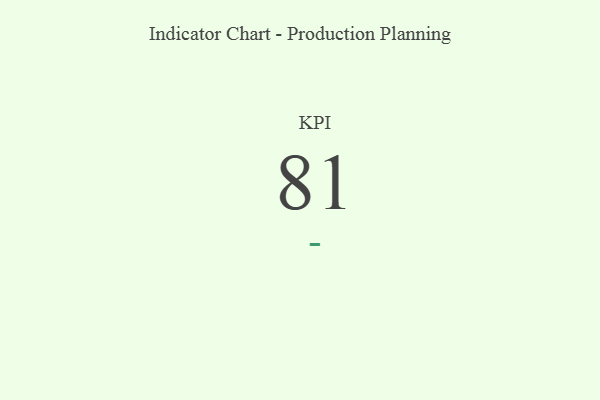
{"axis": {"x": "KPI", "y": "Value"}, "legend": [""], "data": [{"x": "KPI", "y": 81, "type": ""}]}